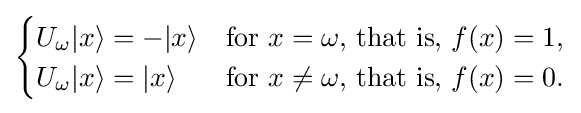
{\begin{cases}U_{\omega }|x\rangle =-|x\rangle &{\text{for }}x=\omega {\text{, that is, }}f(x)=1,\\U_{\omega }|x\rangle =|x\rangle &{\text{for }}x\neq \omega {\text{, that is, }}f(x)=0.\end{cases}}